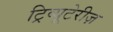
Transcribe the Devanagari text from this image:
ट्रिव्यूटेरीज़